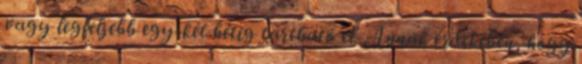
vagy legfeljebb egy-két hétig tartható el. Annak érdekében, hogy